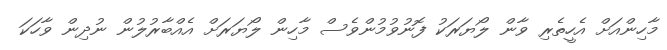
މާހިންއަށް އެހީތެރި ވާން ލޯޔަރަކު ފޮނުވުމުންވެސް މާހިން ލޯޔަރަށް އެއްބާރުލުން ނުދިން ވާހަކަ